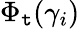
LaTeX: \Phi_{\mathtt{t}}(\gamma_{i})